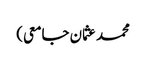
محمد عثمان جامعی)